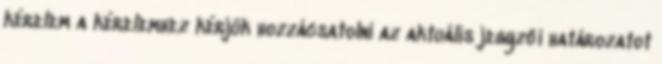
kérelem a kérelemhez kérjük hozzácsatolni az aktuális jegyzői határozatot